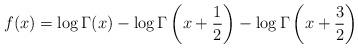
LaTeX: \begin{align*}f(x) = \log \Gamma(x) - \log\Gamma\left(x+\frac12\right) - \log\Gamma\left(x+\frac32\right)\end{align*}